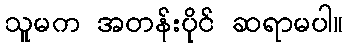
သူမက အတန်းပိုင် ဆရာမပါ။